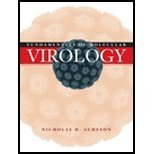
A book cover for Fundamentals of Molecular Virology (07) by [Paperback (2006)]; Medical Books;